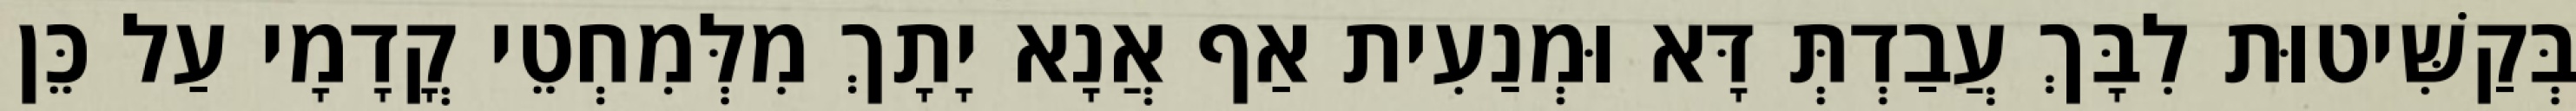
בְּקַשִּׁיטוּת לִבָּךְ עֲבַדְתְּ דָּא וּמְנַעִית אַף אֲנָא יָתָךְ מִלְּמִחְטֵי קֳדָמָי עַל כֵּן